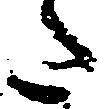
た